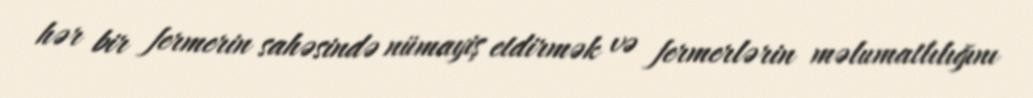
hər bir fermerin sahəsində nümayiş etdirmək və fermerlərin məlumatlılığını